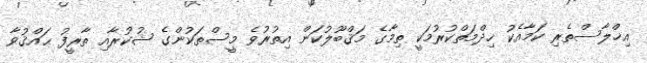
އިޚްލާސްތެރި ކަމާއެކު ޚިދްމަތްކުރުމަކީ ތިމާގެ މަޤްބޫލުކަން އިތުރުވެ މީސްތަކުންގެ ޝުކުރާއި ތާރީފު ޙައްޤުވާ